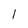
Character: 1